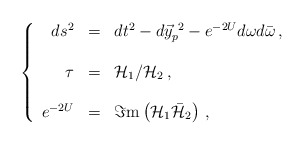
\begin{align*}\left\{ \begin{array}{rcl}ds^{2} & = & dt^{2}-d\vec{y}_{p}^{\ 2} -e^{-2U}d\omega d\bar{\omega}\, ,\\& & \\\tau & = & {\cal H}_{1}/{\cal H}_{2}\, ,\\& & \\e^{-2U} & = & \Im {\rm m}\left( {\cal H}_{1}\bar{\cal H}_{2}\right)\, ,\\\end{array}\right.\end{align*}